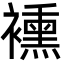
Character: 䙧